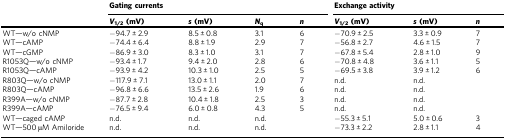
<table><thead><tr><td></td><td colspan="4"><b>Gating currents</b></td><td colspan="3"><b>Exchange activity</b></td></tr><tr><td></td><td><b><i>V</i><sub>1/2</sub> (mV)</b></td><td><b><i>s</i> (mV)</b></td><td><b><i>N</i><sub>q</sub></b></td><td><b><i>n</i></b></td><td><b><i>V</i><sub>1/2</sub> (mV)</b></td><td><b><i>s</i> (mV)</b></td><td><b><i>n</i></b></td></tr></thead><tbody><tr><td>WT—w/o cNMP</td><td>−94.7 ± 2.9</td><td>8.5 ± 0.8</td><td>3.1</td><td>6</td><td>−70.9 ± 2.5</td><td>3.3 ± 0.9</td><td>7</td></tr><tr><td>WT—cAMP</td><td>−74.4 ± 6.4</td><td>8.8 ± 1.9</td><td>2.9</td><td>7</td><td>−56.8 ± 2.7</td><td>4.6 ± 1.5</td><td>7</td></tr><tr><td>WT—cGMP</td><td>−86.9 ± 3.0</td><td>8.3 ± 1.0</td><td>3.1</td><td>7</td><td>−67.8 ± 5.4</td><td>2.8 ± 1.0</td><td>9</td></tr><tr><td>R1053Q—w/o cNMP</td><td>−93.4 ± 1.7</td><td>9.4 ± 2.0</td><td>2.8</td><td>6</td><td>−70.8 ± 4.8</td><td>3.6 ± 1.1</td><td>5</td></tr><tr><td>R1053Q—cAMP</td><td>−93.9 ± 4.2</td><td>10.3 ± 1.0</td><td>2.5</td><td>5</td><td>−69.5 ± 3.8</td><td>3.9 ± 1.2</td><td>6</td></tr><tr><td>R803Q—w/o cNMP</td><td>−117.9 ± 7.1</td><td>13.0 ± 1.1</td><td>2.0</td><td>7</td><td>n.d.</td><td>n.d.</td><td></td></tr><tr><td>R803Q—cAMP</td><td>−96.8 ± 6.6</td><td>13.5 ± 2.6</td><td>1.9</td><td>6</td><td>n.d.</td><td>n.d.</td><td></td></tr><tr><td>R399A—w/o cNMP</td><td>−87.7 ± 2.8</td><td>10.4 ± 1.8</td><td>2.5</td><td>3</td><td>n.d.</td><td>n.d.</td><td></td></tr><tr><td>R399A—cAMP</td><td>−76.5 ± 9.4</td><td>6.0 ± 0.8</td><td>4.3</td><td>5</td><td>n.d.</td><td>n.d.</td><td></td></tr><tr><td>WT—caged cAMP</td><td>n.d.</td><td>n.d.</td><td>n.d.</td><td></td><td>−55.3 ± 5.1</td><td>5.0 ± 0.6</td><td>3</td></tr><tr><td>WT—500 μM Amiloride</td><td>n.d.</td><td>n.d.</td><td>n.d.</td><td></td><td>−73.3 ± 2.2</td><td>2.8 ± 1.1</td><td>4</td></tr></tbody></table>